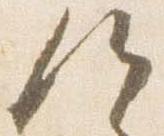
候